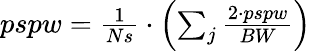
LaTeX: \begin{array}{r}{pspw=\frac{1}{Ns}\cdot\left(\sum_{j}\frac{2\cdot pspw}{BW}\right)}\end{array}